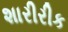
શારીરીક